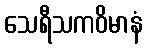
သေရီသကဝိမာနံ